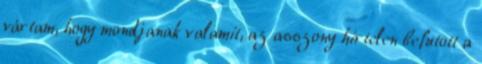
vártam, hogy mondjanak valamit, az asszony hirtelen befutott a